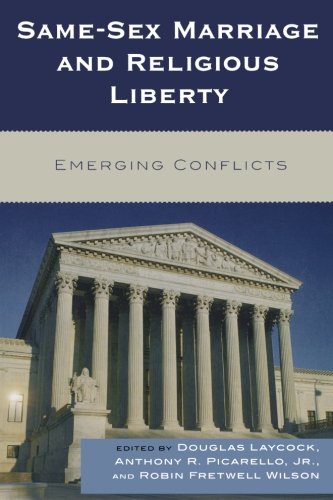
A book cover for Same-Sex Marriage and Religious Liberty: Emerging Conflicts; Law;